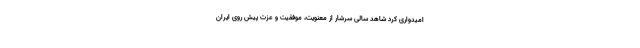
امیدواری کرد شاهد سالی سرشار از معنویت، موفقیت و عزت پیش روی ایران